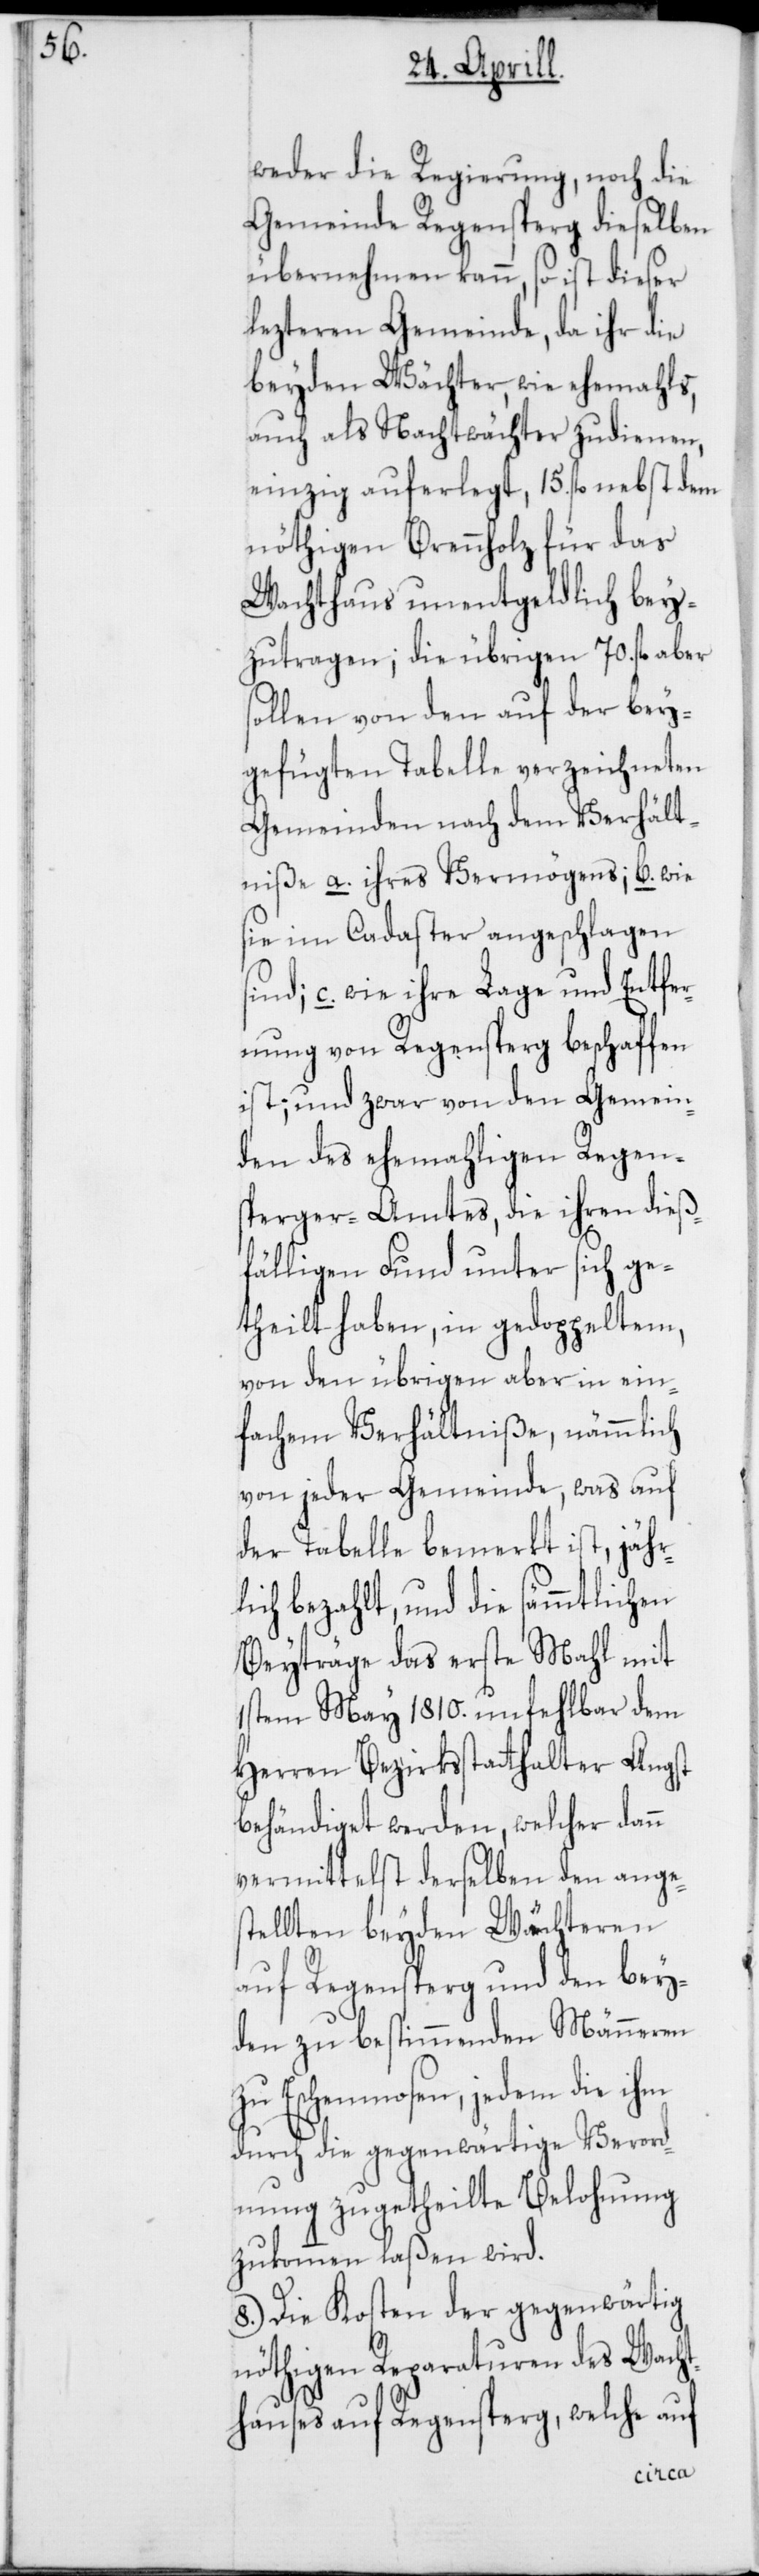
weder die Regierung, noch die
Gemeinde Regensperg dieselben
übernehmen kann, so ist dieser
lezteren Gemeinde, da ihr die
beyden Wächter, wie ehemahls,
auch als Nachtwächter zudienen,
einzig auferlegt, 15. fl. nebst dem
nöthigen Brennholz für das
Wachthaus unentgeldlich bey¬
zutragen, die übrigen 70. fl. aber
sollen von den auf der bey¬
gefügten Tabelle verzeichneten
Gemeinden nach dem Verhält¬
niße a. ihres Vermögens; b. wie
sie im Cadaster angeschlagen
sind; c. wie ihre Lage und Entfer¬
nung von Regensperg beschaffen
ist; und zwar von den Gemein¬
den des ehemahligen Regen¬
sperger-Amtes, die ihren dieß¬
fälligen Fund unter sich ge¬
theilt haben, in gedoppeltem,
von den übrigen aber in ein¬
fachem Verhältniße, nämmlich
von jeder Gemeinde, was auf
der Tabelle bemerkt ist, jähr¬
lich bezahlt, und die sämmtlichen
Beyträge das erste Mahl mit
1stem May 1810. unfehlbar dem
Herren Bezirksstatthalter Angst
behändiget werden, welcher dann
vermittelst derselben den anges¬
tellten beyden Wächteren
auf Regensperg und den bey¬
den zu bestimmenden Männeren
zu Eschenmosen, jedem die ihm
durch die gegenwärtige Verord¬
nung zugetheilte Belohnung
zukommen laßen wird.
8.) Die Kosten der gegenwärtig
nöthigen Reparaturen des Wacht¬
hauses auf Regensperg, welche auf